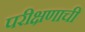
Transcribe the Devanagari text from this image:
परीक्षणाची